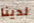
لدينا